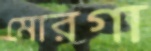
মোরগা